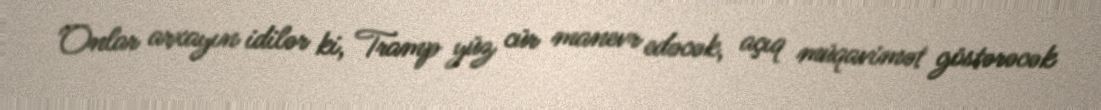
Onlar arxayın idilər ki, Tramp yüz cür manevr edəcək, açıq müqavimət göstərəcək